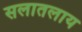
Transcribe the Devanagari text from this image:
सलातलाय